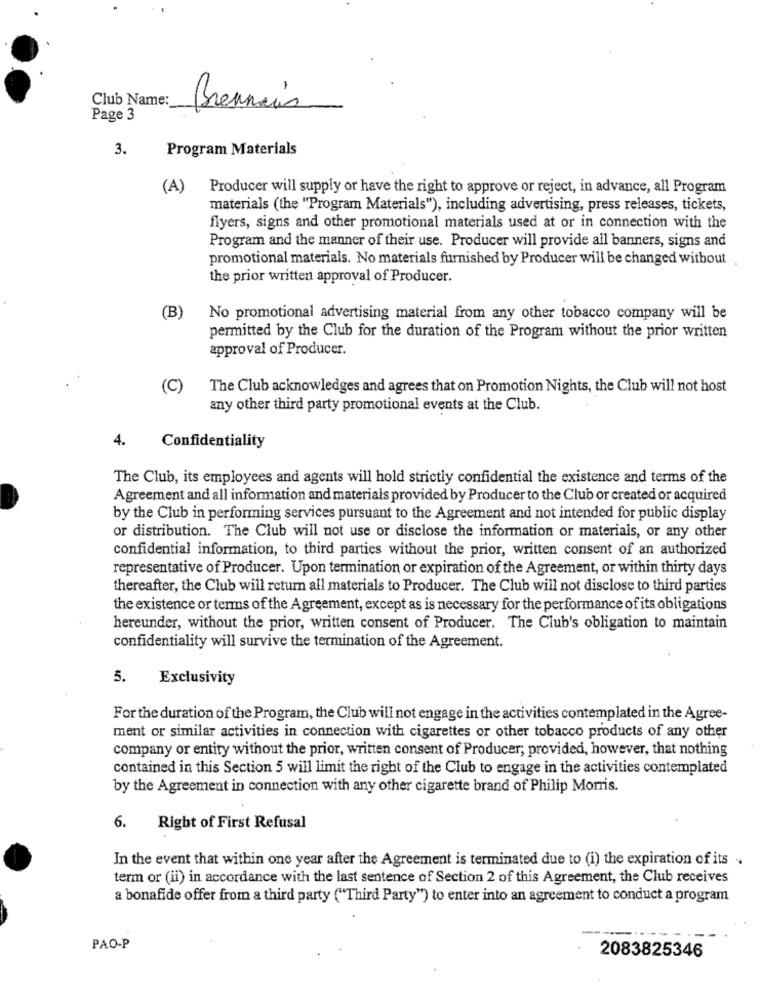
Club Name:
Brennais
Page 3
3.
Program Materials
(A)
Producer will supply or have the right to approve or reject, in advance, all Program
materials (the "Program Materials"), including advertising, press releases, tickets,
flyers, signs and other promotional materials used at or in connection with the
Program and the manner of their use. Producer will provide all banners, signs and
promotional materials. No materials furnished by Producer will be changed without
the prior written approval of Producer.
(B)
No promotional advertising material from any other tobacco company will be
permitted by the Club for the duration of the Program without the prior written
approval of Producer.
(C)
The Club acknowledges and agrees that on Promotion Nights, the Club will not host
any other third party promotional events at the Club.
4.
Confidentiality
The Club, its employees and agents will hold strictly confidential the existence and terms of the
Agreement and all information and materials provided by Producer to the Club or created or acquired
by the Club in performing services pursuant to the Agreement and not intended for public display
or distribution. The Club will not use or disclose the information or materials, or any other
confidential information, to third parties without the prior, written consent of an authorized
representative of Producer. Upon termination or expiration of the Agreement, or within thirty days
thereafter, the Club will return all materials to Producer. The Club will not disclose to third parties
the existence or terms of the Agreement, except as is necessary for the performance of its obligations
hereunder, without the prior, written consent of Producer. The Club's obligation to maintain
confidentiality will survive the termination of the Agreement.
5.
Exclusivity
For the duration of the Program, the Club will not engage in the activities contemplated in the Agree-
ment or similar activities in connection with cigarettes or other tobacco products of any other
company or entity without the prior, written consent of Producer, provided, however, that nothing
contained in this Section 5 will limit the right of the Club to engage in the activities contemplated
by the Agreement in connection with any other cigarette brand of Philip Morris.
6. Right of First Refusal
In the event that within one year after the Agreement is terminated due to (i) the expiration of its ..
term or (ii) in accordance with the last sentence of Section 2 of this Agreement, the Club receives
a bonafide offer from a third party ("Third Party") to enter into an agreement to conduct a program
PAO-P
2083825346